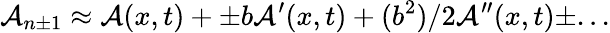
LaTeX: \mathcal{A}_{n\pm 1}\approx\mathcal{A}(x,t)+\pm b\mathcal{A}^{\prime}(x,t)+(b^{2})/2\mathcal{A}^{\prime\prime}(x,t)\pm...